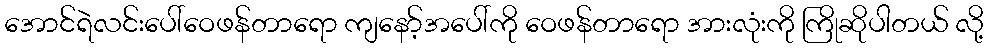
အောင်ရဲလင်းပေါ်ဝေဖန်တာရော ကျနော့်အပေါ်ကို ဝေဖန်တာရော အားလုံးကို ကြိုဆိုပါတယ် လို့